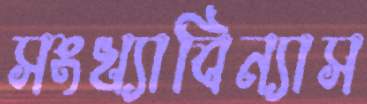
সংখ্যাবিন্যাস